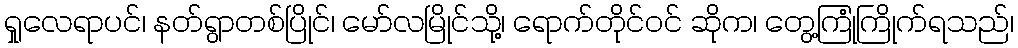
ရှုလေရာပင်၊ နတ်ရွာတစ်ပြိုင်၊ မော်လမြိုင်သို့၊ ရောက်တိုင်ဝင် ဆိုက၊ တွေ့ကြုံကြိုက်ရသည်၊